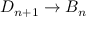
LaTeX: D _ { n + 1 } \to B _ { n }